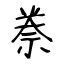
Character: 䄅